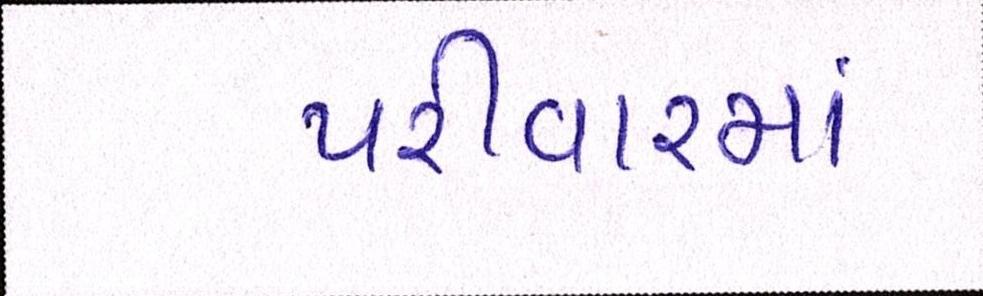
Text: પરીવારમાં